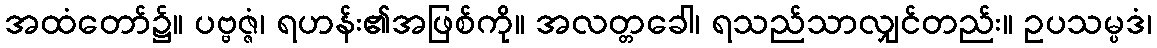
အထံတော်၌။ ပဗ္ဗဇ္ဇံ၊ ရဟန်း၏အဖြစ်ကို။ အလတ္တခေါ၊ ရသည်သာလျှင်တည်း။ ဥပသမ္ပဒံ၊